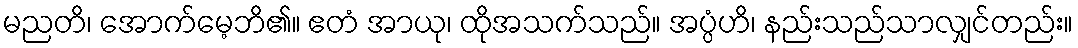
မညတိ၊ အောက်မေ့ဘိ၏။ ဧတံ အာယု၊ ထိုအသက်သည်။ အပ္ပံဟိ၊ နည်းသည်သာလျှင်တည်း။